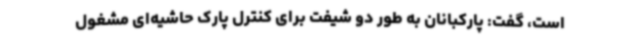
است، گفت: پارکبانان به طور دو شیفت برای کنترل پارک حاشیه‌ای مشغول